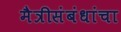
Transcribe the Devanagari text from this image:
मैत्रीसंबंधांचा